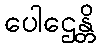
ပေါဌေန္တိ